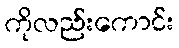
ကိုလည်းကောင်း